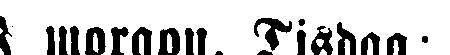
I morgon. Tisdag: